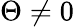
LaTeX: \Theta\ne 0